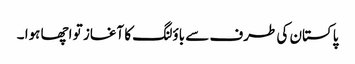
پاکستان کی طرف سے باؤلنگ کا آغاز تو اچھا ہوا ۔